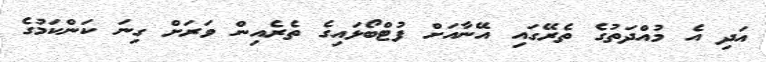
އަދި އެ މުއްދަތުގެ ތެރޭގައި އޭނާއަށް ފުޓްބޯޅައިގެ ތެރެއިން ވަރަށް ގިނަ ކަންކަމުގެ